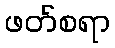
ဖတ်စရာ